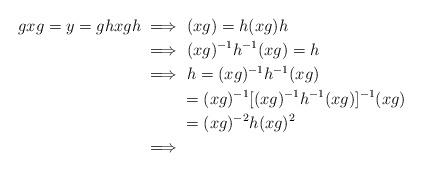
LaTeX: \begin{align*} gxg=y=gh x gh\implies&\ (xg)= h(xg)h\\ \implies&\ (xg)^{-1} h^{-1} (xg) = h\\ \implies&\ h = (xg)^{-1} h^{-1} (xg)\\ &= (xg)^{-1} [(xg)^{-1} h^{-1} (xg)]^{-1} (xg)\\ &= (xg)^{-2} h (xg)^2\\ \implies&\ \end{align*}